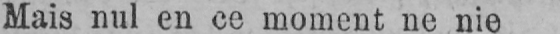
Mais nul en ce moment ne nie